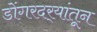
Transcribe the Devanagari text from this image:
डोंगरदर्‍यांतून